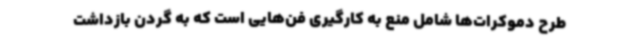
طرح دموکرات‌ها شامل منع به کارگیری فن‌هایی است که به گردن بازداشت